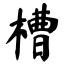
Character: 槽